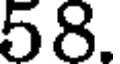
58.